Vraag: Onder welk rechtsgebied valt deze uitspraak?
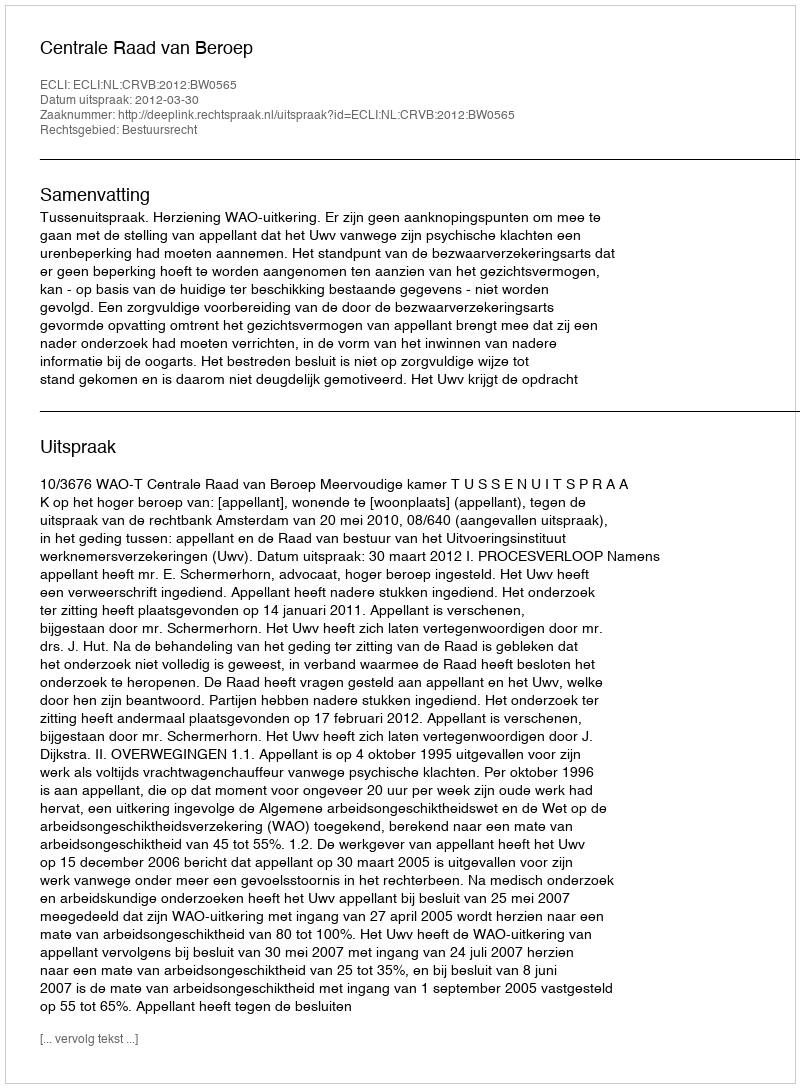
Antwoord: Bestuursrecht